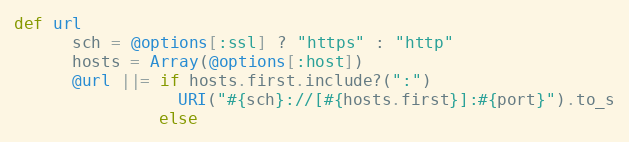
Language: Ruby
def url
      sch = @options[:ssl] ? "https" : "http"
      hosts = Array(@options[:host])
      @url ||= if hosts.first.include?(":")
                 URI("#{sch}://[#{hosts.first}]:#{port}").to_s
               else